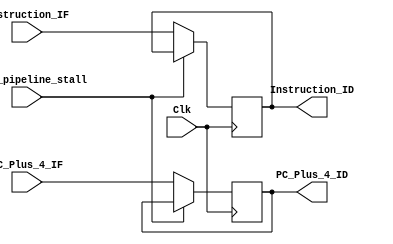
// Comments and desciption of modules have been deliberately ommitted.
// It is up to the student to document and describe the system.

module IF_ID_Pipeline_Stage(
			     input [31:0]  Instruction_IF,
			     input [31:0]	   PC_Plus_4_IF,
				  input 			IF_ID_pipeline_stall,	
				
			     output reg [31:0] Instruction_ID,
			     output reg [31:0]  PC_Plus_4_ID,
			     input 	   Clk
			     );
   
   always@(posedge Clk)
	begin
	if(!IF_ID_pipeline_stall)begin
	Instruction_ID <= Instruction_IF;
	PC_Plus_4_ID <= PC_Plus_4_IF;
	end	//endif
	end	//end always

endmodule // IF_ID_Pipeline_Stage